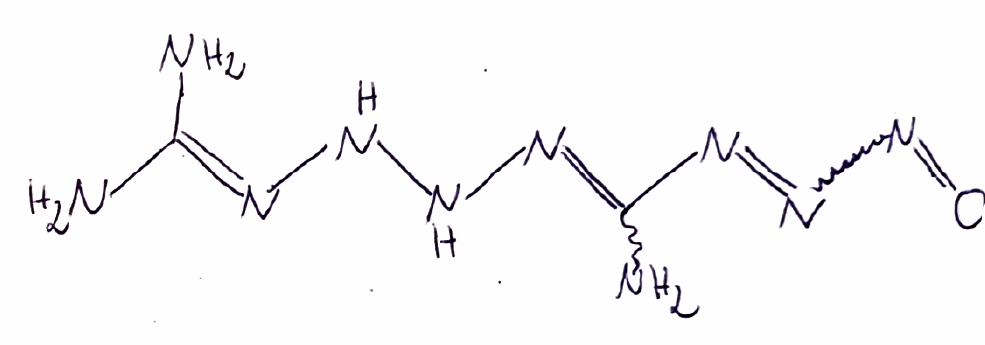
Simplified molecular-input line-entry system (SMILES) notation of the given molecule:
C(=NNNN=C(N)N=NN=O)(N)N